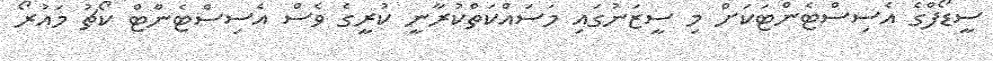
ސީޑޯފްގެ އެސިސްޓެންޓަކަށް މި ސީޒަނުގައި މަސައްކަތްކުރާނީ ކުރީގެ ވެސް އެސިސްޓެންޓް ކޯޗު މައުރޯ